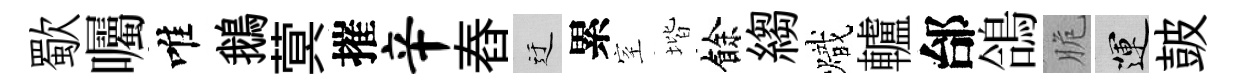
歜囑唯鵝蓂摧辛舂迂累室堦餘縐熾轤邰鴿脆運皷